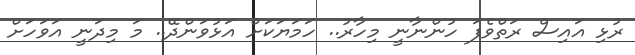
ރުޅި އައިސް ރަތްވެފަ ހުންނާނީ މިހާރު.. ހަމަޔަކަށް އަޅުވަންދޭ.. މަ މިދަނީ އަވަހަށް